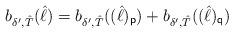
LaTeX: \begin{align*}b_{\delta',\hat{T}}(\hat{\ell})=b_{\delta',\hat{T}}((\hat{\ell})_{\sf p})+b_{\delta',\hat{T}}((\hat{\ell})_{\sf q})\end{align*}